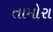
તામોરા